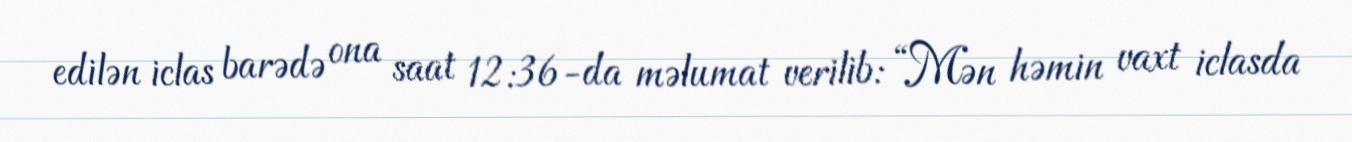
edilən iclas barədə ona saat 12:36-da məlumat verilib: “Mən həmin vaxt iclasda